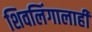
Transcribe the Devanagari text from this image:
शिवलिंगालाही